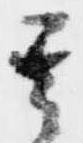
其